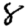
Digit: 8